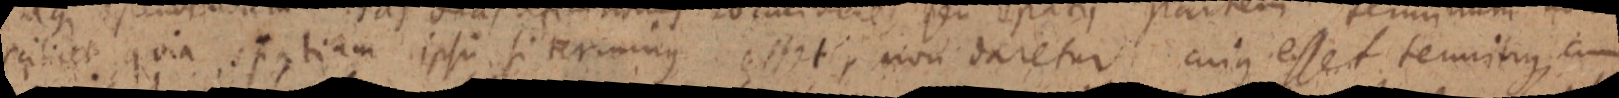
scilicet quia spatium ipsi si terminus esset, non daretur cuius esset temmitius, cum